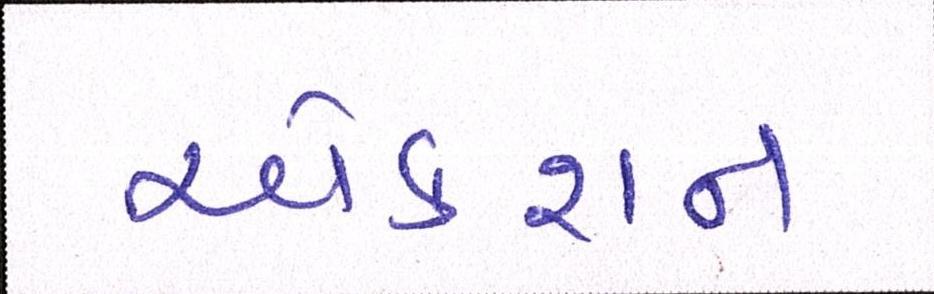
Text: એક્શન